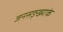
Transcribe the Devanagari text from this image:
जनसङ्ख्याके